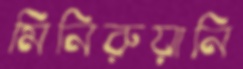
মিনিরুয়ানি